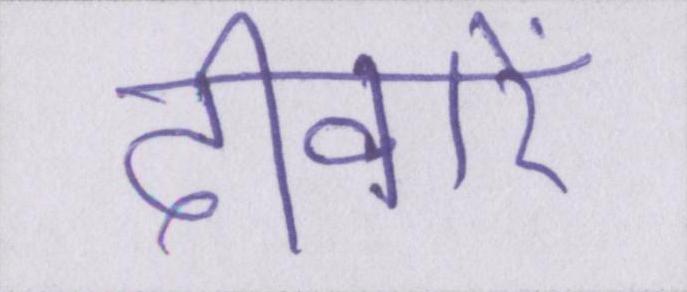
दीवारें